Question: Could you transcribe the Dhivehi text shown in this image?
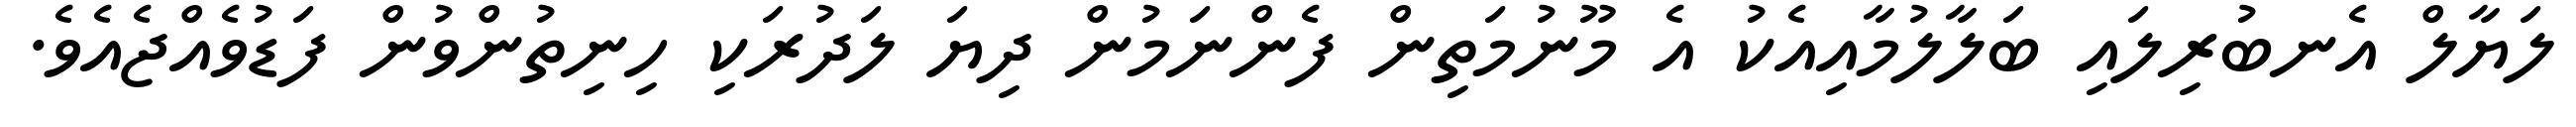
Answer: ލަޔާލް އެނބުރިލައި ބަލާލުމާއިއެކު އެ މޫނުމަތިން ފެންނަމުން ދިޔަ ލަދުރަކި ހިނިތުންވުން ފަޑުވެއްޖެއެވެ.